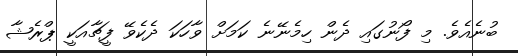
ބުނެއެވެ. މި ފޯނުގައި ދެން ހިމެނޭނެ ކަމަށް ވާހަކަ ދެކެވޭ ފީޗާއަކީ ޕްރެޝާ